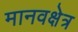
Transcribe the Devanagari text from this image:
मानवक्षेत्र